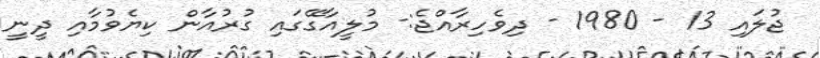
ޖުލައި 13 - 1980 - ދިވެހިރާއްޖެ:- މުލީއާގޭގައި ގުރުއާން ކިޔެވުމާއި ދީނީ